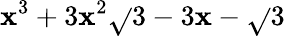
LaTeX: \mathbf{x}^{3}+3\mathbf{x}^{2}\sqrt{}{{3}}-3\mathbf{x}-\sqrt{}{{3}}